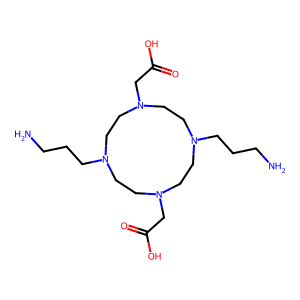
SMILES: NCCCN1CCN(CC(=O)O)CCN(CCCN)CCN(CC(=O)O)CC1
Inhibits HIV replication: No